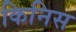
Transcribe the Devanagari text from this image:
किनिस